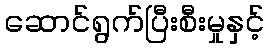
ဆောင်ရွက်ပြီးစီးမှုနှင့်